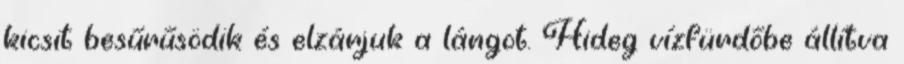
kicsit besűrűsödik és elzárjuk a lángot. Hideg vízfürdőbe állítva